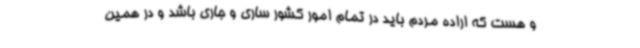
و هست که اراده مردم باید در تمام امور کشور ساری و جاری باشد و در همین